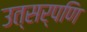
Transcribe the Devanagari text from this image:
उत्सर्पणि